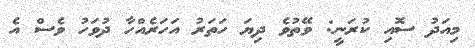
މިއަދު ސޮއި ކުރަނީ: ވޭތުވެ ދިޔަ ހަތަރު އަހަރެއްހާ ދުވަހު ވެސް އެ